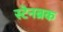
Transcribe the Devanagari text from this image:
स्टेनब्रक